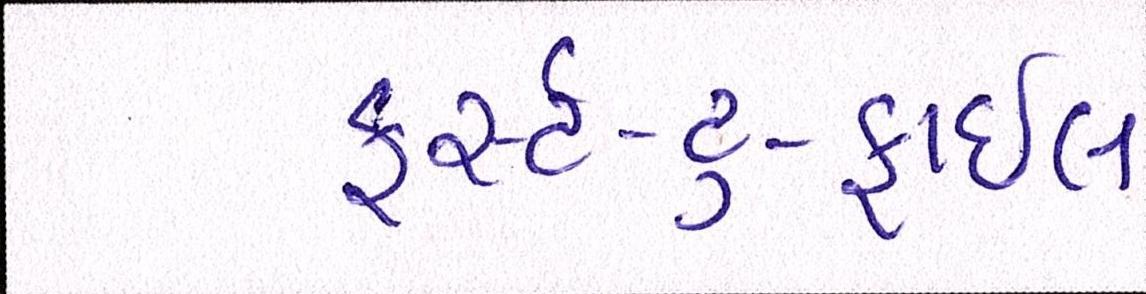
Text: ફર્સ્ટ-ટુ-ફાઇલ